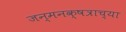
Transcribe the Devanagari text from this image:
जन्मनक्षत्राच्या